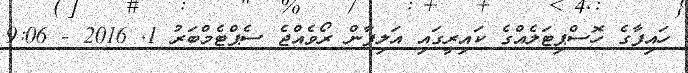
ހައިފާގެ ހޮސްޕިޓަލެއްގެ ކައިރީގައި އަލިފާން ރޯވެއްޖެ ސެޕްޓެމްބަރު 1